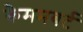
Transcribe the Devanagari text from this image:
कैममबर्ट